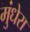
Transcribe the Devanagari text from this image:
मुंधेरा